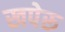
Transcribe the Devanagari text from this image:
खपेरू